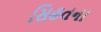
સિહતના